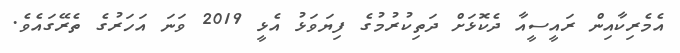
އެމެރިކާއިން ރައީސީއާ ދެކޮޅަށް ދަތިކުރުމުގެ ފިޔަވަޅު އެޅީ 2019 ވަނަ އަހަރުގެ ތެރޭގައެވެ.